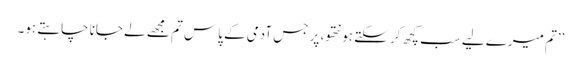
’’تم میرے لیے سب کچھ کر سکتے ہو نتھو، پر جس آدمی کے پاس تم مجھے لے جانا چاہتے ہو۔